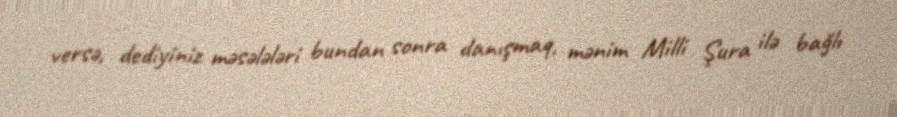
versə, dediyiniz məsələləri bundan sonra danışmaq, mənim Milli Şura ilə bağlı